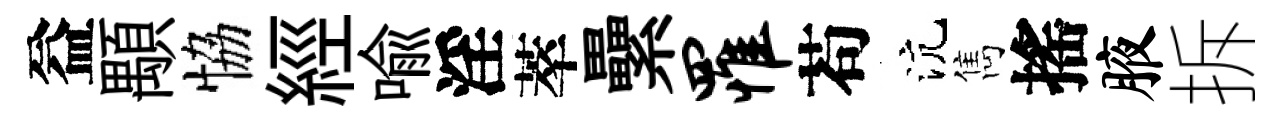
益顒恊經喩淫萃纍罹苟沆雋搖腋拆